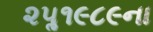
૨૫ૢ૧૯૮૯ના